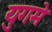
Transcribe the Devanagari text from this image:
युगमे